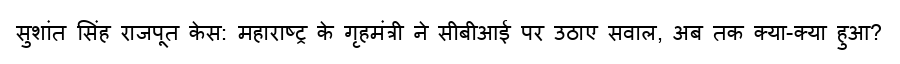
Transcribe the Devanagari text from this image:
सुशांत सिंह राजपूत केस: महाराष्ट्र के गृहमंत्री ने सीबीआई पर उठाए सवाल, अब तक क्या-क्या हुआ?